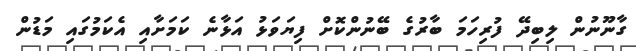
ގާނޫނުން ލިބިދޭ ފުރިހަމަ ބާރުގެ ބޭނުންކޮށް ފިޔަވަޅު އަޅާނެ ކަމަށާއި އެކަމުގައި މަޑުން